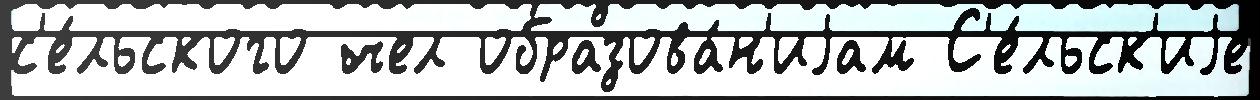
с'е́льского чел образова́н'иjам С'е́льск'иjе